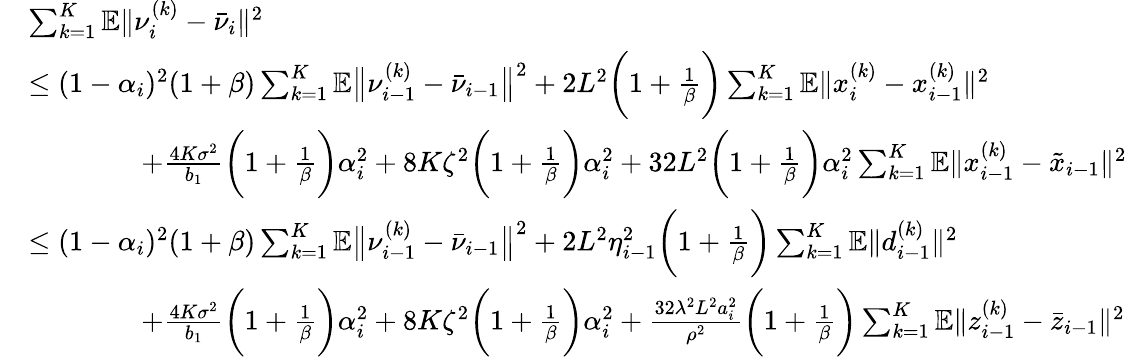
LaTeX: \begin{array}{rl}&{\sum_{k=1}^{K}\mathbb{E}\| \nu_{i}^{(k)}-\bar{\nu}_{i}\| ^{2}}\\ &{\leq(1-\alpha_{i})^{2}(1+\beta)\sum_{k=1}^{K}\mathbb{E}\big\| \nu_{i-1}^{(k)}-\bar{\nu}_{i-1}\big\| ^{2}+2L^{2}\bigg(1+\frac{1}{\beta}\bigg)\sum_{k=1}^{K}\mathbb{E}\| x_{i}^{(k)}-x_{i-1}^{(k)}\| ^{2}}\\ &{\qquad\qquad+\frac{4K\sigma^{2}}{b_{1}}\bigg(1+\frac{1}{\beta}\bigg)\alpha_{i}^{2}+8K\zeta^{2}\bigg(1+\frac{1}{\beta}\bigg)\alpha_{i}^{2}+32L^{2}\bigg(1+\frac{1}{\beta}\bigg)\alpha_{i}^{2}\sum_{k=1}^{K}\mathbb{E}\| x_{i-1}^{(k)}-\tilde{x}_{i-1}\| ^{2}}\\ &{\leq(1-\alpha_{i})^{2}(1+\beta)\sum_{k=1}^{K}\mathbb{E}\big\| \nu_{i-1}^{(k)}-\bar{\nu}_{i-1}\big\| ^{2}+2L^{2}\eta_{i-1}^{2}\bigg(1+\frac{1}{\beta}\bigg)\sum_{k=1}^{K}\mathbb{E}\| d_{i-1}^{(k)}\| ^{2}}\\ &{\qquad\qquad+\frac{4K\sigma^{2}}{b_{1}}\bigg(1+\frac{1}{\beta}\bigg)\alpha_{i}^{2}+8K\zeta^{2}\bigg(1+\frac{1}{\beta}\bigg)\alpha_{i}^{2}+\frac{32\lambda^{2}L^{2}a_{i}^{2}}{\rho^{2}}\bigg(1+\frac{1}{\beta}\bigg)\sum_{k=1}^{K}\mathbb{E}\| z_{i-1}^{(k)}-\bar{z}_{i-1}\| ^{2}}\end{array}